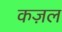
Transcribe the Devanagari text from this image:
कज़ल